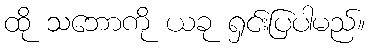
ထို သဘောကို ယခု ရှင်းပြပါမည်။